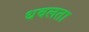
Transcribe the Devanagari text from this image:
धवलता